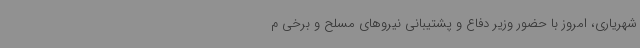
شهریاری، امروز با حضور وزیر دفاع و پشتیبانی نیروهای مسلح و برخی م